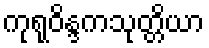
ကုရုဝိန္ဒကသုတ္တိယာ